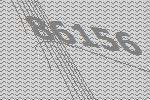
86156